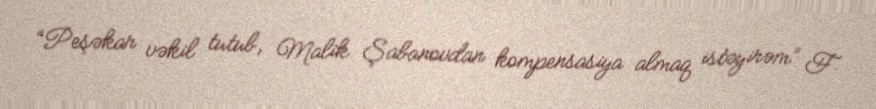
“Peşəkar vəkil tutub, Malik Şabanovdan kompensasiya almaq istəyirəm” F.